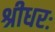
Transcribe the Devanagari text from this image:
श्रीधरः